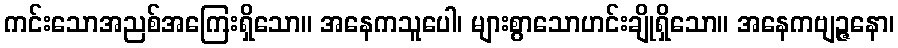
ကင်းသောအညစ်အကြေးရှိသော။ အနေကသူပေါ၊ များစွာသောဟင်းချိုရှိသော။ အနေကဗျဉ္ဇနော၊